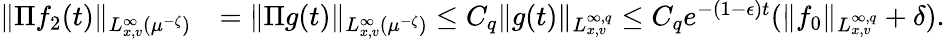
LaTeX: \begin{array}{rl}{\| \Pi f_{2}(t)\| _{L_{x,v}^{\infty}(\mu^{-\zeta})}}&{=\| \Pi g(t)\| _{L_{x,v}^{\infty}(\mu^{-\zeta})}\leq C_{q}\| g(t)\| _{L_{x,v}^{\infty,q}}\leq C_{q}e^{-(1-\epsilon)t}(\| f_{0}\| _{L_{x,v}^{\infty,q}}+\delta).}\end{array}